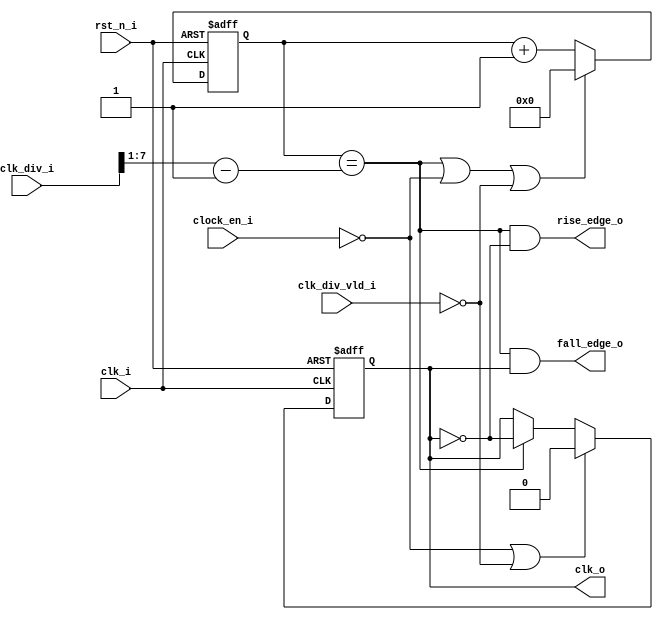
module clk_gen (
  input  wire                    clk_i,           //system clock
  input  wire                    rst_n_i,         //system reset, low active
  input  wire                    clock_en_i,      //spi clock enable

  input  wire              [7:0] clk_div_i,       //divider prescalar
  input  wire                    clk_div_vld_i,

  output reg                     clk_o,           //spi clock
  output wire                    fall_edge_o,
  output wire                    rise_edge_o
);


reg  [7:0]  cnt;             

always @(posedge clk_i or negedge rst_n_i) begin
  if (!rst_n_i) begin
    cnt   <=  'd0;
  end
  else if(cnt == (clk_div_i>>1)-1'b1 || (!clock_en_i) || (!clk_div_vld_i)) begin
    cnt   <=  'd0;   
  end
  else begin
    cnt   <=   cnt + 1'b1;
  end
end  

always @(posedge clk_i or negedge rst_n_i) begin
  if (!rst_n_i) begin
    clk_o   <=  'd0;
  end
  else if((!clock_en_i)||(!clk_div_vld_i)) begin
    clk_o   <=  'd0;   
  end
  else if(cnt == (clk_div_i>>1) - 1'b1)begin
    clk_o   <=   ~clk_o;
  end
end


assign rise_edge_o = (cnt == (clk_div_i>>1) - 1'b1) && (~clk_o);
assign fall_edge_o = (cnt == (clk_div_i>>1) - 1'b1) &&    clk_o;

endmodule